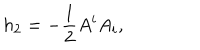
LaTeX: h _ { 2 } = - \frac { 1 } { 2 } A ^ { i } A _ { i } ,